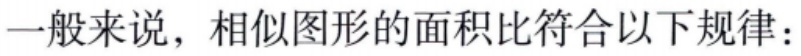
一般来说，相似图形的面积比符合以下规律：